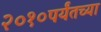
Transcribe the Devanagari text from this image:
२०१०पर्यंतच्या